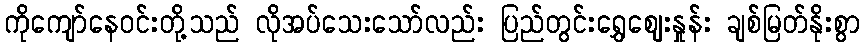
ကိုကျော်နေဝင်းတို့သည် လိုအပ်သေးသော်လည်း ပြည်တွင်းရွှေဈေးနှုန်း ချစ်မြတ်နိုးစွာ